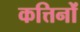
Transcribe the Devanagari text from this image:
कत्तिनों